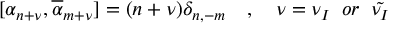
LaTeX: [ \alpha _ { n + \nu } , \overline { { { \alpha } } } _ { m + \nu } ] = ( n + \nu ) \delta _ { n , - m } \quad , \quad \nu = \nu _ { I } \; \; o r \; \; \tilde { \nu _ { I } }